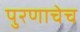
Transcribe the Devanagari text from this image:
पुरणाचेच